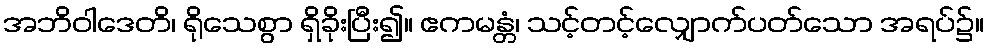
အဘိဝါဒေတိ၊ ရိုသေစွာ ရှိခိုးပြီး၍။ ဧကမန္တံ၊ သင့်တင့်လျှောက်ပတ်သော အရပ်၌။